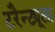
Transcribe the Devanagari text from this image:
टरैन्ट्यूला